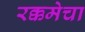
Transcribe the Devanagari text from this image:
रक्कमेचा